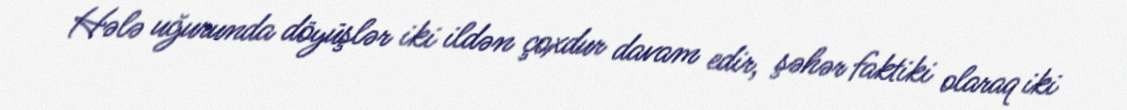
Hələ uğurunda döyüşlər iki ildən çoxdur davam edir, şəhər faktiki olaraq iki